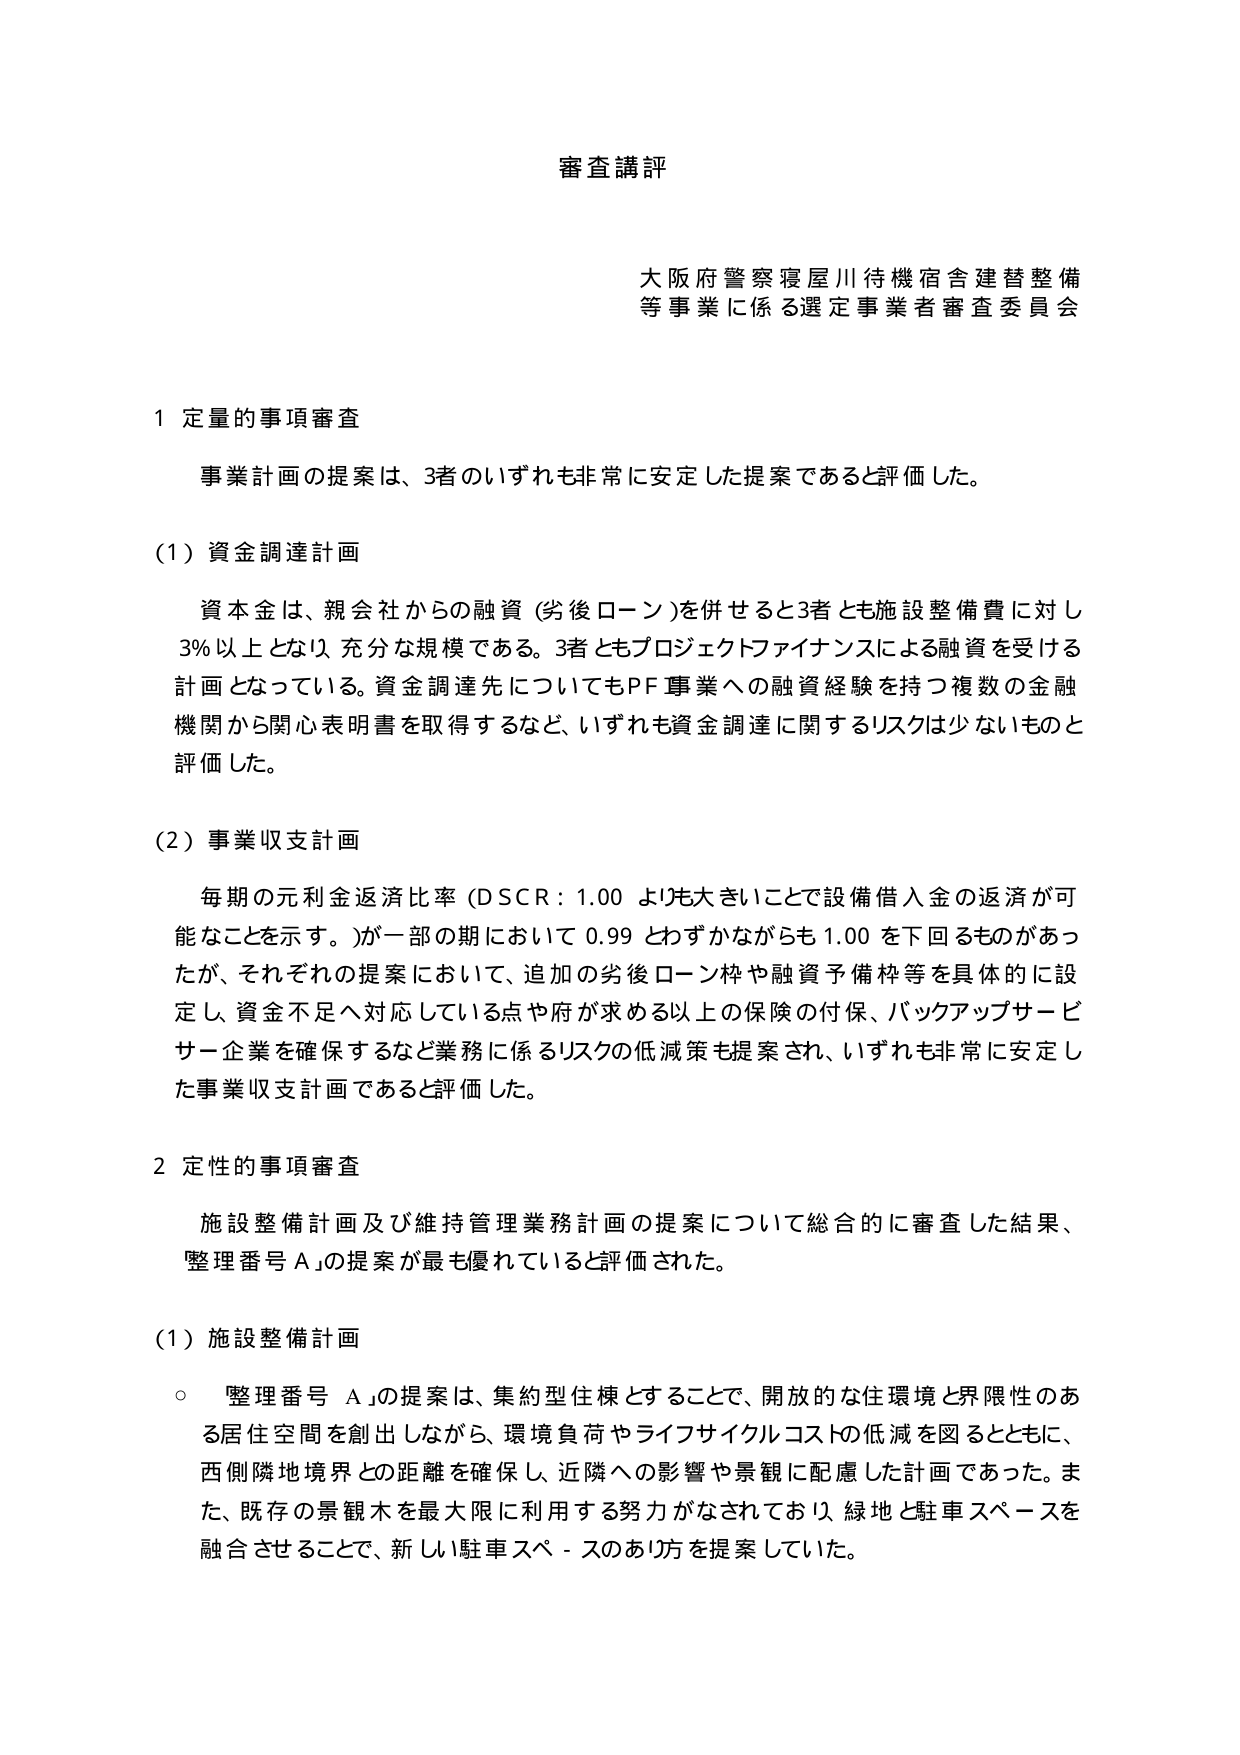
審査講評

大阪府警察寝屋川待機宿舎建替整備
等事業に係る選定事業者審査委員会

1 定量的事項審査

事業計画の提案は、3者のいずれも非常に安定した提案であると評価した。

(1) 資金調達計画

資本金は、親会社からの融資（劣後ローン）を併せると3者とも施設整備費に対し
3％以上となり、充分な規模である。3者ともプロジェクトファイナンスによる融資を受ける
計画となっている。資金調達先についてもPF事業への融資経験を持つ複数の金融
機関から関心表明書を取得するなど、いずれも資金調達に関するリスクは少ないものと
評価した。

(2) 事業収支計画

毎期の元利金返済比率（DSCR：1.00 より大きいことで設備借入金の返済が可
能なことを示す。）が一部の期において 0.99 とわずかながらも 1.00 を下回るものがあっ
たが、それぞれの提案において、追加の劣後ローン枠や融資予備枠等を具体的に設
定し、資金不足へ対応している点や府が求める以上の保険の付保、バックアップサービ
サー企業を確保するなど業務に係るリスクの低減策も提案され、いずれも非常に安定し
た事業収支計画であると評価した。

2 定性的事項審査

施設整備計画及び維持管理業務計画の提案について総合的に審査した結果、
整理番号 A の提案が最も優れていると評価された。

(1) 施設整備計画

○ 整理番号 A の提案は、集約型住棟とすることで、開放的な住環境と界限性のあ
る居住空間を創出しながら、環境負荷やライフサイクルコストの低減を図るとともに、
西側隣地境界との距離を確保し、近隣への影響や景観に配慮した計画であった。ま
た、既存の景観木を最大限に利用する努力がなされており、緑地と駐車スペースを
融合させることで、新しい駐車スペースのあり方を提案していた。